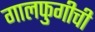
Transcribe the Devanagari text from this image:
गालफुगीची